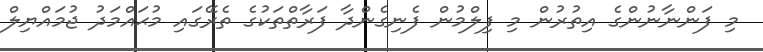
މި ފަންނާނުންގެ އިތުރުން މި ފިލްމުން ފެނިގެންދާ ފަރާތްތަކުގެ ތެރޭގައި މުޙައްމަދު ޖުމައްޔިލް